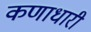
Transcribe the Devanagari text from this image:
कणाधारी